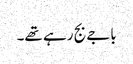
باجے بج رہے تھے۔